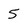
Character: 5